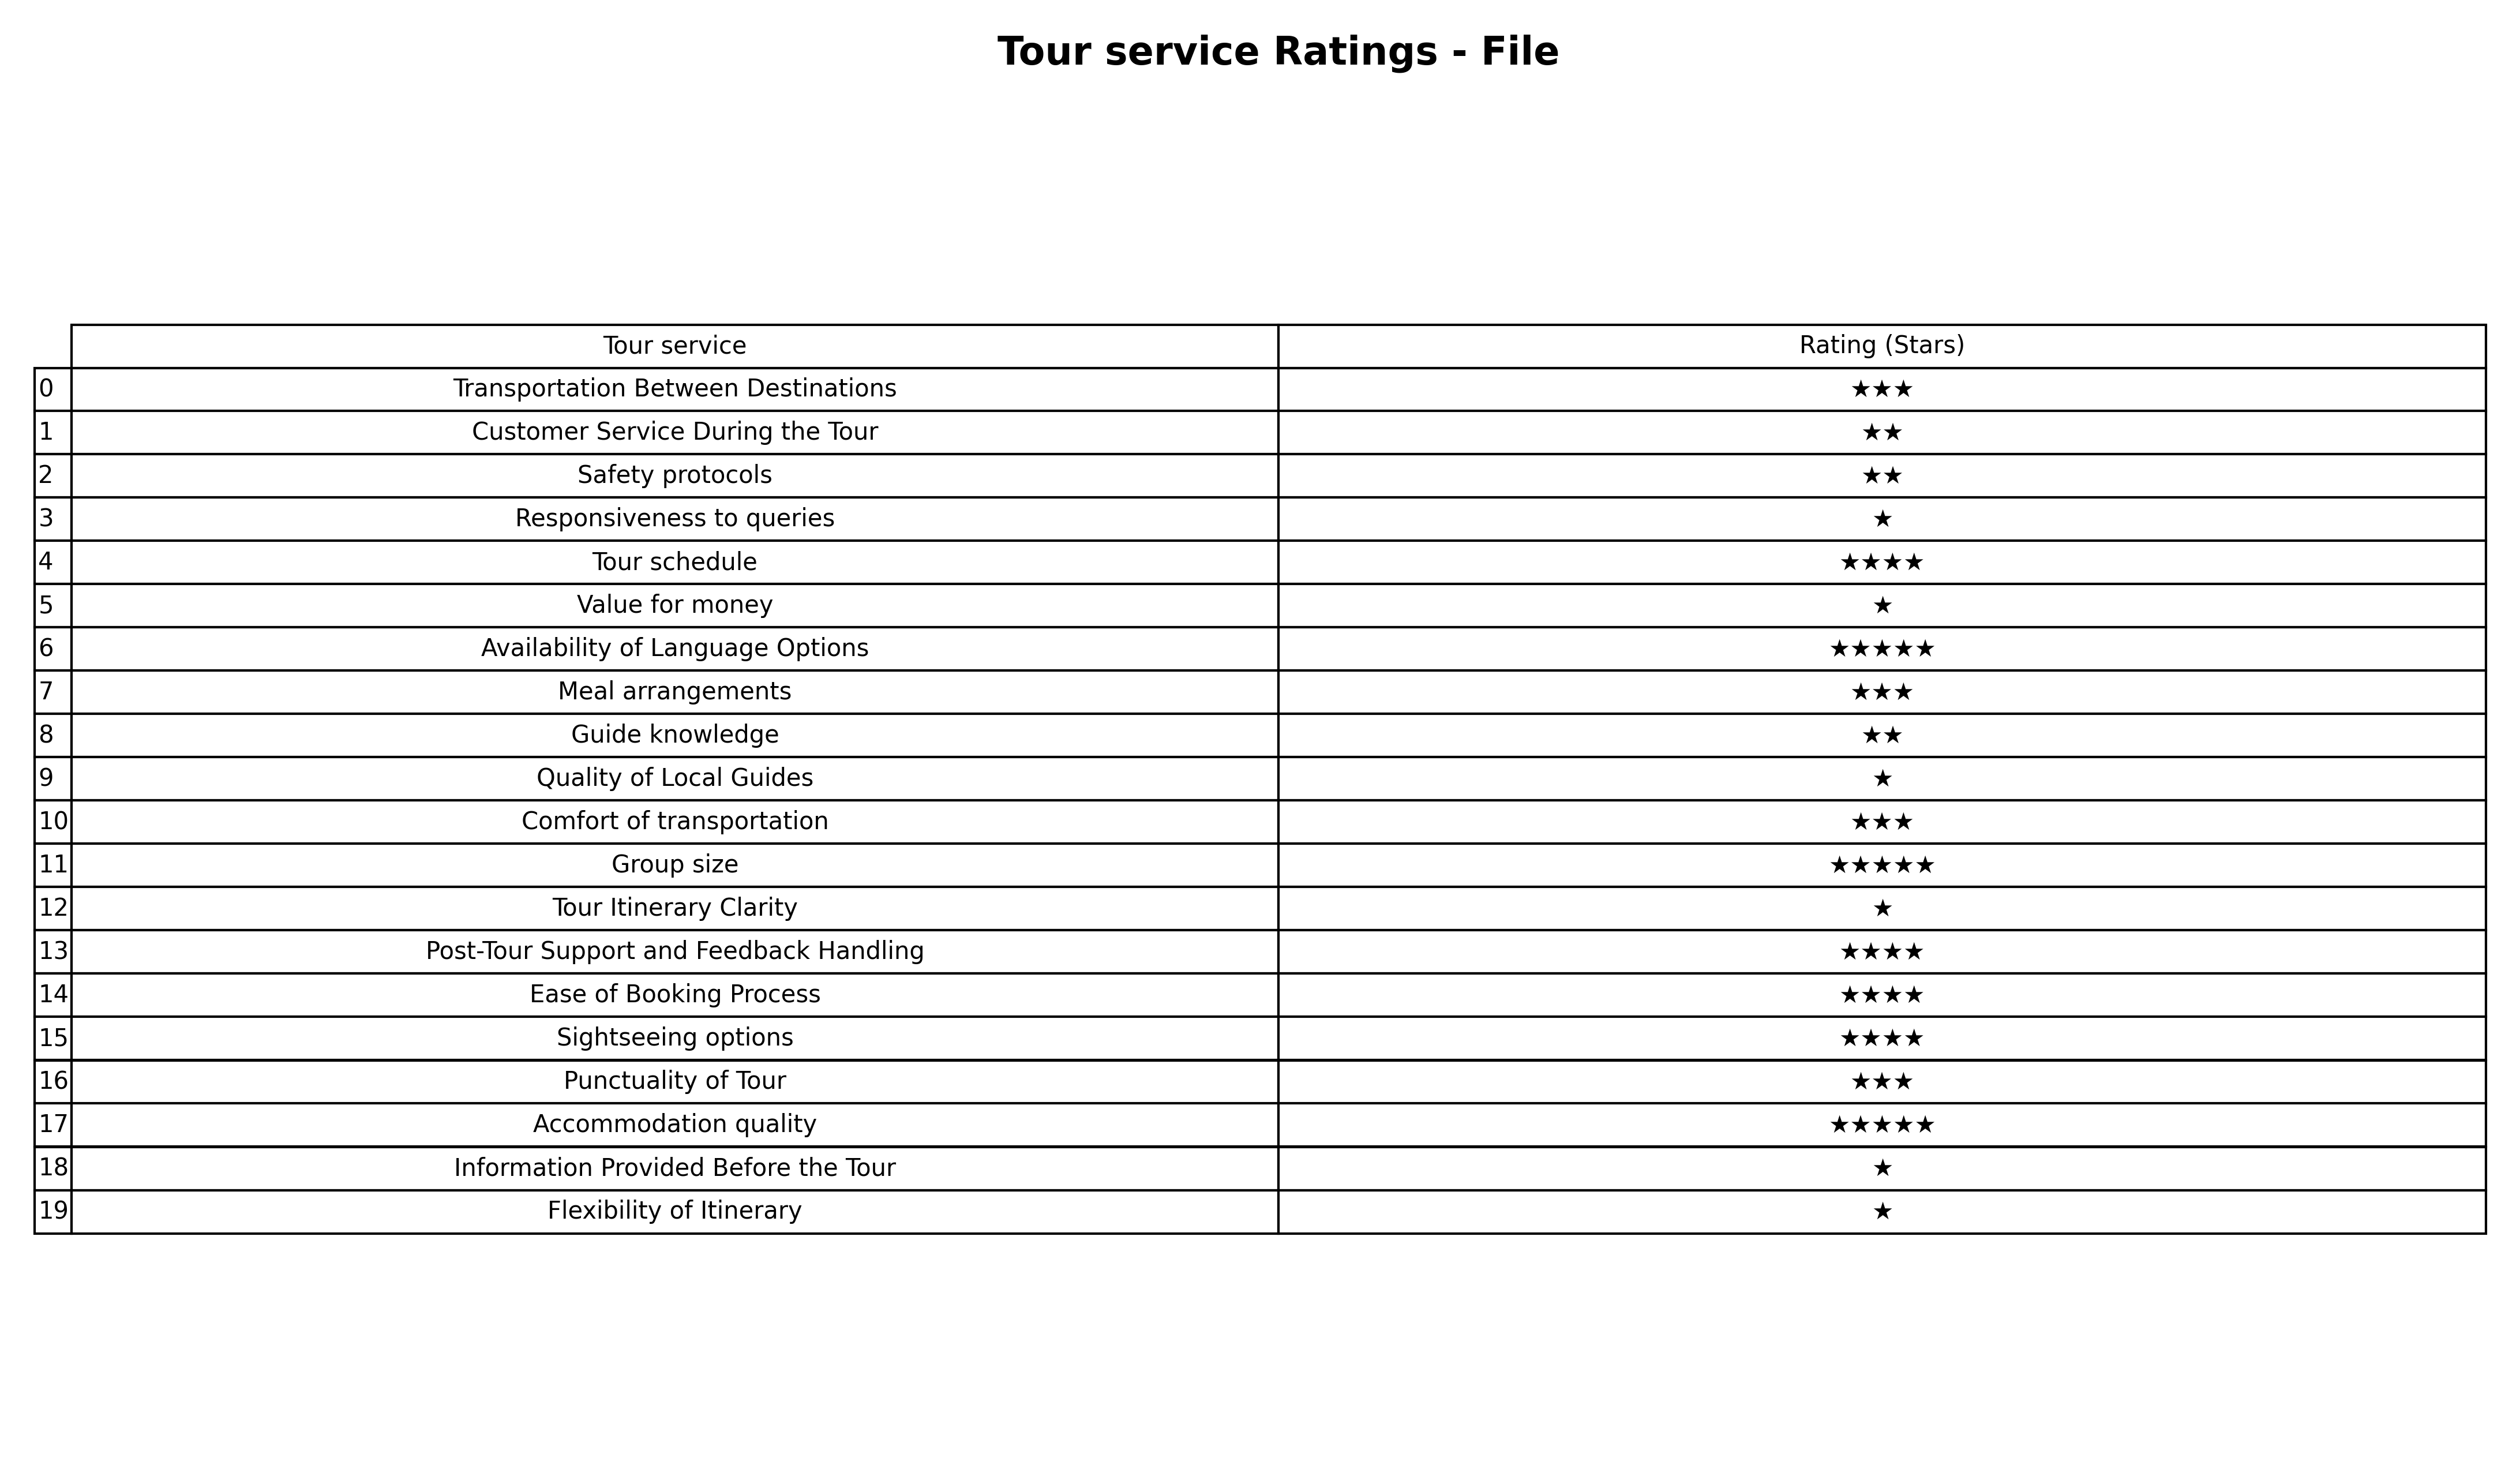
question: What are lowest rating services?
answer: Availability of Language OptionsGroup sizeAccommodation quality